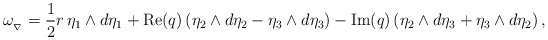
\begin{align*}\omega_{_{\nabla}}=\frac12 r \, \eta_{1}\wedge d\eta_{1}+ \mathrm{Re}(q) \left( \eta_{2}\wedge d\eta_{2}- \eta_{3}\wedge d\eta_{3}\right)- \mathrm{Im}(q) \left(\eta_{2}\wedge d\eta_{3}+\eta_{3}\wedge d\eta_{2}\right),\end{align*}